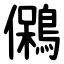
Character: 䳰